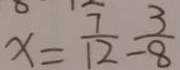
x = \frac { 7 } { 1 2 } - \frac { 3 } { 8 }